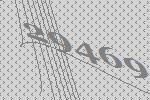
29469